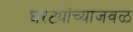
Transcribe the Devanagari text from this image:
घरट्यांच्याजवळ